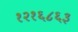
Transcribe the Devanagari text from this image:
१२१६८६३